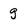
Character: g